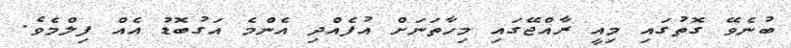
ބުނެވޭ ގޮތުގައި މިއީ ރާއްޖޭގައި މިހާތަނަށް އުފެއްދި އެންމެ އަގުބޮޑު އެއް ފިލްމެވެ.